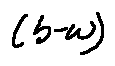
( b - w )